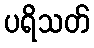
ပရိသတ်